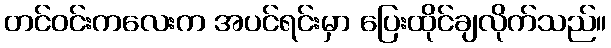
တင်ဝင်းကလေးက အပင်ရင်းမှာ ပြေးထိုင်ချလိုက်သည်။